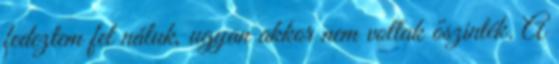
fedeztem fel náluk, ugyan akkor nem voltak őszinték. A